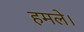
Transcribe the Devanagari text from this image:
हमले।